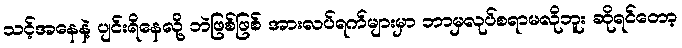
သင့်အနေနဲ့ ပျင်းရိနေလို့ ဘဲဖြစ်ဖြစ် အားလပ်ရက်များမှာ ဘာမှလုပ်စရာမလိုဘူး ဆိုရင်တော့